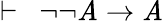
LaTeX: \vdash\ \ \lnot\lnot\mathit{A}\rightarrow\mathit{A}